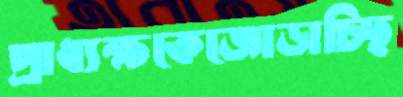
প্রাধ্যক্ষকেজোড়াচ্ছি